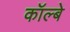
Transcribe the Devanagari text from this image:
कॉल्बे